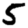
Digit: 5